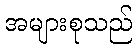
အများစုသည်